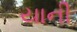
યાની